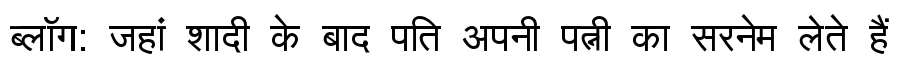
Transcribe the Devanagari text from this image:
ब्लॉग: जहां शादी के बाद पति अपनी पत्नी का सरनेम लेते हैं